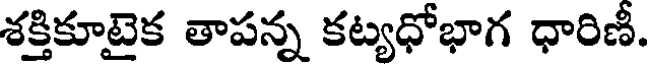
శక్తికూటైక తాపన్న కట్యధోభాగ ధారిణీ.